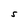
Character: S